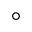
^ { \circ }